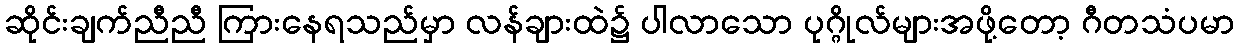
ဆိုင်းချက်ညီညီ ကြားနေရသည်မှာ လန်ချားထဲ၌ ပါလာသော ပုဂ္ဂိုလ်များအဖို့တော့ ဂီတသံပမာ